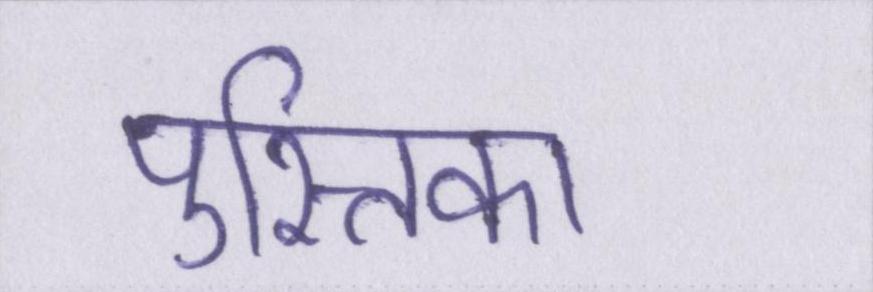
पुस्तिका